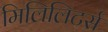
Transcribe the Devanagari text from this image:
मिलिलिटर्स